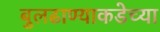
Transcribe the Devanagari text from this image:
बुलढाण्याकडेच्या